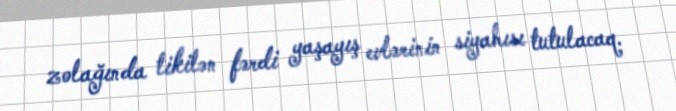
zolağında tikilən fərdi yaşayış evlərinin siyahısı tutulacaq.